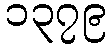
၁၃၇၉